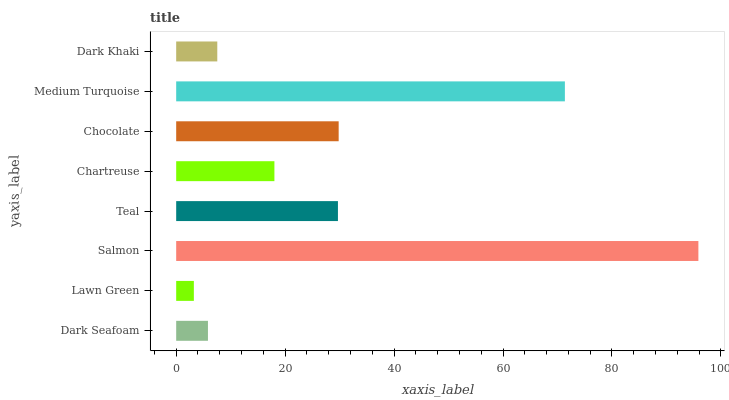
| yaxis_label | bars |
 | --- | --- |
 | Dark Seafoam | 5.83 |
 | Lawn Green | 3.24 |
 | Salmon | 95.9 |
 | Teal | 29.7 |
 | Chartreuse | 18 |
 | Chocolate | 29.8 |
 | Medium Turquoise | 71.4 |
 | Dark Khaki | 7.55 |